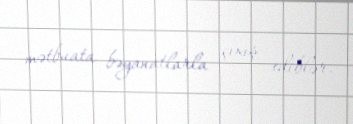
mətbuata bəyanatlarla çıxış ediblər.